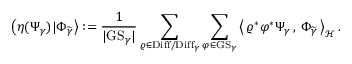
\left( \eta ( \Psi _ { \gamma } ) | \Phi _ { \widetilde { \gamma } } \right> : = \frac { 1 } { | \mathrm { G S } _ { \gamma } | } \sum _ { \varrho \in \mathrm { D i f f } / \mathrm { D i f f } _ { \gamma } } \sum _ { \varphi \in \mathrm { G S } _ { \gamma } } \left< \, \varrho ^ { * } \varphi ^ { * } \Psi _ { \gamma } \, , \, \Phi _ { \widetilde { \gamma } } \, \right> _ { \mathscr { H } } .